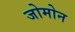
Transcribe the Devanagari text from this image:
जोमोन